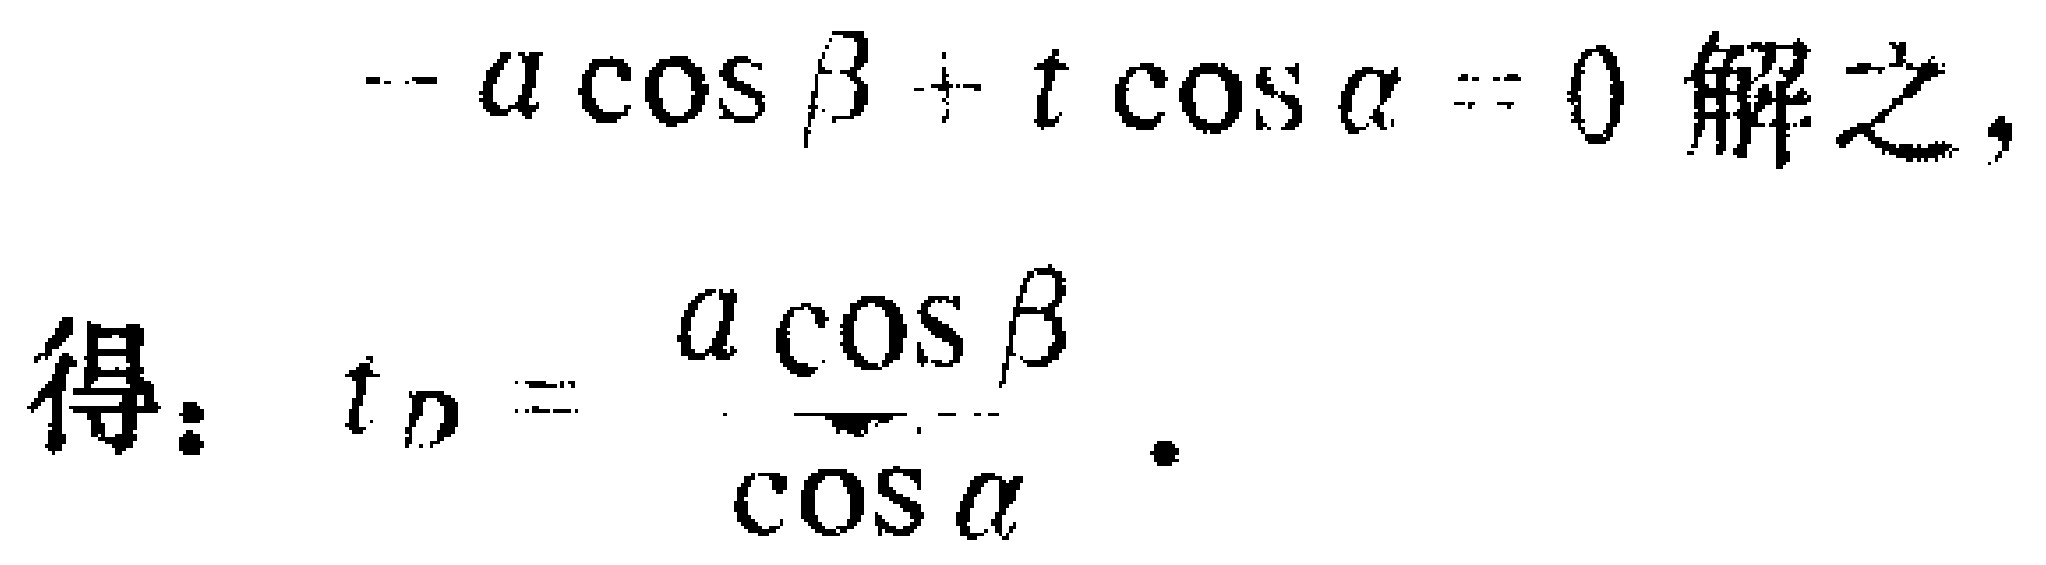
\[-a\cos\beta + t\cos\alpha = 0 \text{ 解之，}\\

\text{得：}t_{D}=\frac{a\cos\beta}{\cos\alpha}.\]